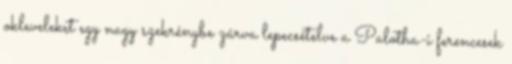
okleveleket egy nagy szekrénybe zárva lepecsételve a Palotha-i ferencesek